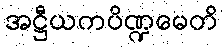
အဋ္ဌီယကပိဏ္ဍမေတိ